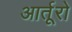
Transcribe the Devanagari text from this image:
आर्तूरो